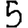
Digit: 5